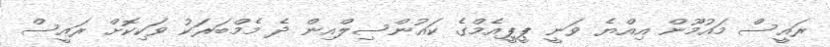
ރައީސް މައުމޫން އިއްޔެ ވަނީ ޕީޕީއެމްގެ ކައުންސިލްއިން ދެ މެމްބަރަކު ވަކިކޮށް ރައީސް